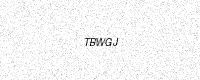
Text: TBWGJ